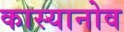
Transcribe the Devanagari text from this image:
कास्यानोव